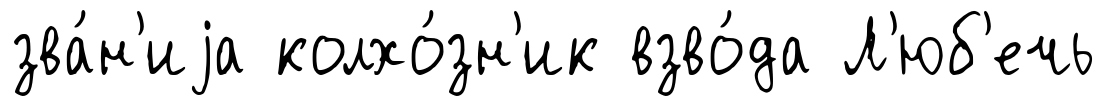
зва́н'иjа колхо́зн'ик взво́да Л'юб'ечь